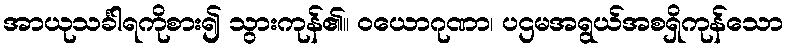
အာယုသင်္ခါရကိုစား၍ သွားကုန်၏။ ဝယောဂုဏာ၊ ပဌမအရွယ်အစရှိကုန်သော